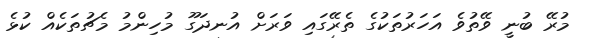
މުރޭ ބުނީ ވޭތުވެ އަހަރުތަކުގެ ތެރޭގައި ވަރަށް އުނދަގޫ މުހިންމު މެޗުތަކެއް ކުޅެ